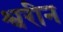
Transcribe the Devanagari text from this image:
श्वरीन